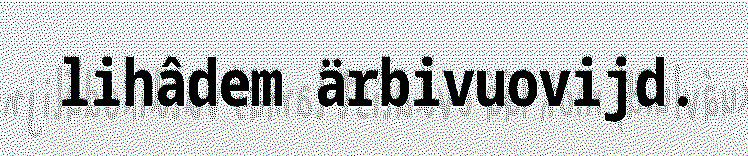
lihâdem ärbivuovijd.